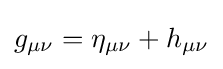
g_{\mu \nu }=\eta _{\mu \nu }+h_{\mu \nu }